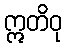
ဣတိဝု